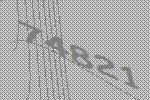
74821